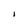
Character: I